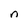
Character: n